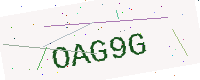
Text: OAG9G